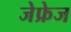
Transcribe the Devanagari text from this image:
जेफ्रेज